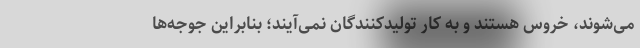
می‌شوند، خروس هستند و به کار تولیدکنندگان نمی‌آیند؛ بنابراین جوجه‌ها